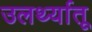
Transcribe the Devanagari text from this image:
उलर्थ्यातू